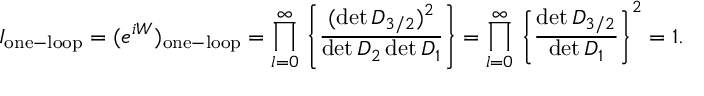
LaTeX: I _ { \mathrm { o n e - l o o p } } = ( e ^ { i W } ) _ { \mathrm { o n e - l o o p } } = \prod _ { l = 0 } ^ { \infty } { } \left\{ { \frac { ( \operatorname * { d e t } { \cal D } _ { 3 / 2 } ) ^ { 2 } } { \operatorname * { d e t } { \cal D } _ { 2 } \operatorname * { d e t } { \cal D } _ { 1 } } } \right\} = \prod _ { l = 0 } ^ { \infty } { } \left\{ { \frac { \operatorname * { d e t } { \cal D } _ { 3 / 2 } } { \operatorname * { d e t } { \cal D } _ { 1 } } } \right\} ^ { 2 } = 1 .